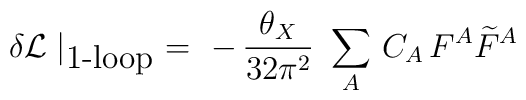
\delta {\cal L} \mid_{\mbox{1-loop}}\ =\ -\, \frac{\theta_X}{32 \pi^2}\  \sum_A\, C_A\, F^A \widetilde{F}^A